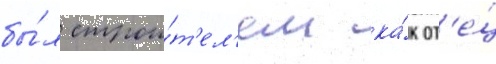
бы́л строи́т'ел'ем ка́к от'е́ц